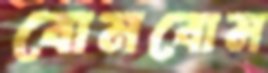
বোমবোম